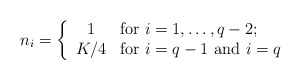
\begin{align*}n_i = \left\{ \begin{array}{cl} 1 & \mbox{for $i=1,\dots,q-2;$} \\ K/4 & \mbox{for $i=q-1$ and $i=q$} \end{array} \right.\end{align*}